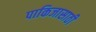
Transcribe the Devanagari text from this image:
पाकिजासाठी